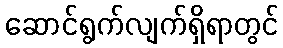
ဆောင်ရွက်လျက်ရှိရာတွင်